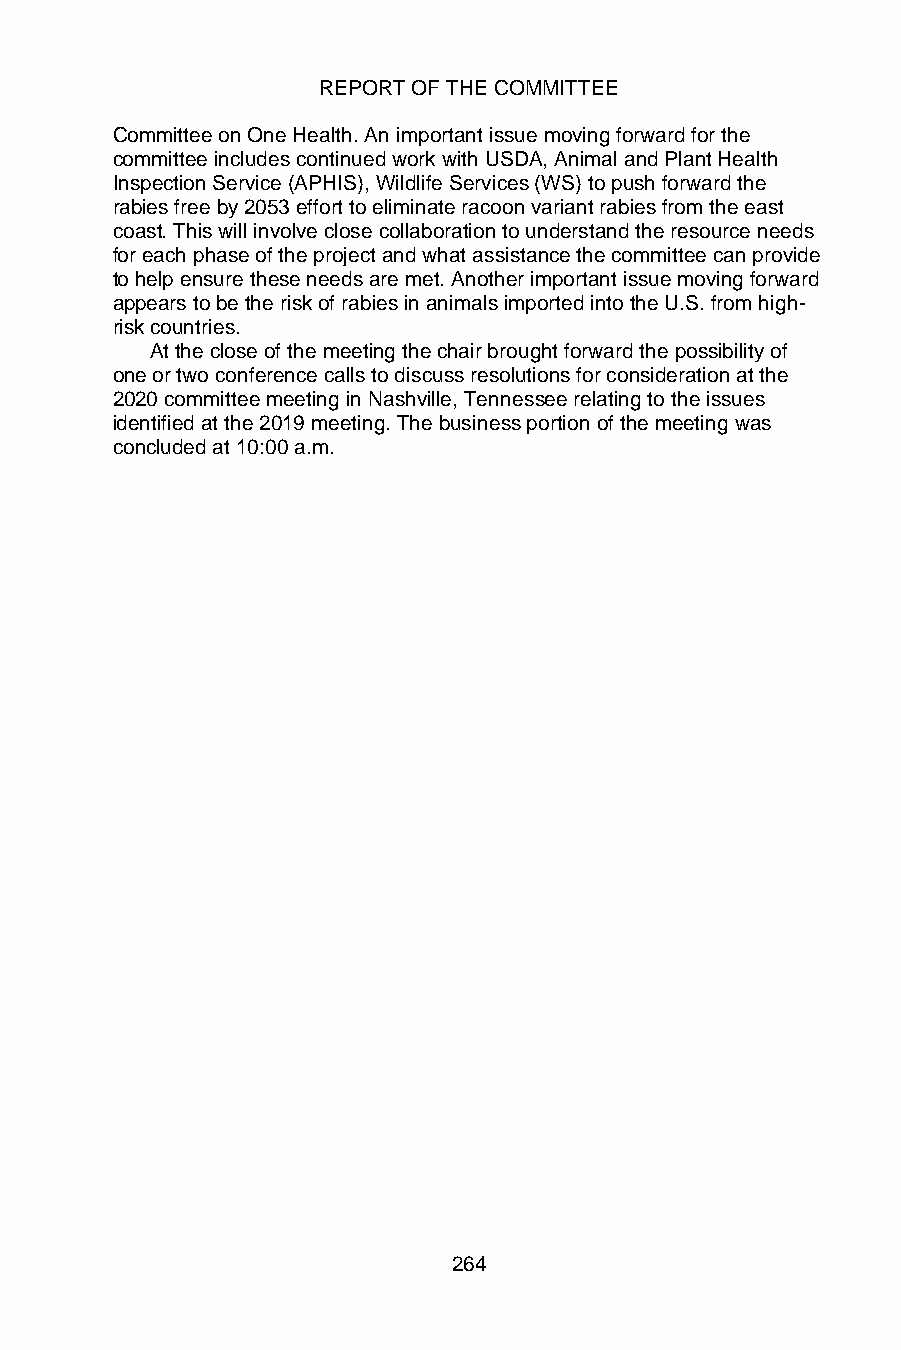
REPORT OF THE COMMITTEE
 Committee on One Health. An important issue moving forward for the
 committee includes continued work with USDA, Animal and Plant Health
 Inspection Service (APHIS), Wildlife Services (WS) to push forward the
 rabies free by 2053 effort to eliminate racoon variant rabies from the east
 coast. This will involve close collaboration to understand the resource needs
 for each phase of the project and what assistance the committee can provide
 to help ensure these needs are met. Another important issue moving forward
 appears to be the risk of rabies in animals imported into the U.S. from high-
 risk countries.
 At the close of the meeting the chair brought forward the possibility of
 one or two conference calls to discuss resolutions for consideration at the
 2020 committee meeting in Nashville, Tennessee relating to the issues
 identified at the 2019 meeting. The business portion of the meeting was
 concluded at 10:00 a.m.
 264